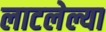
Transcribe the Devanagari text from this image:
लाटलेल्या